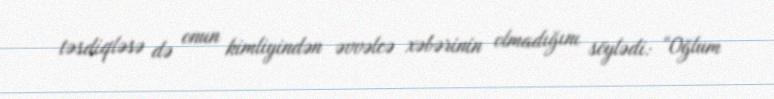
təsdiqləsə də onun kimliyindən əvvəlcə xəbərinin olmadığını söylədi: “Oğlum